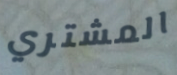
المشتري